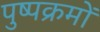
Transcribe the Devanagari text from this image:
पुष्पक्रमों